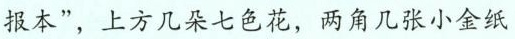
报本”，上方几朵七色花，两角几张小金纸